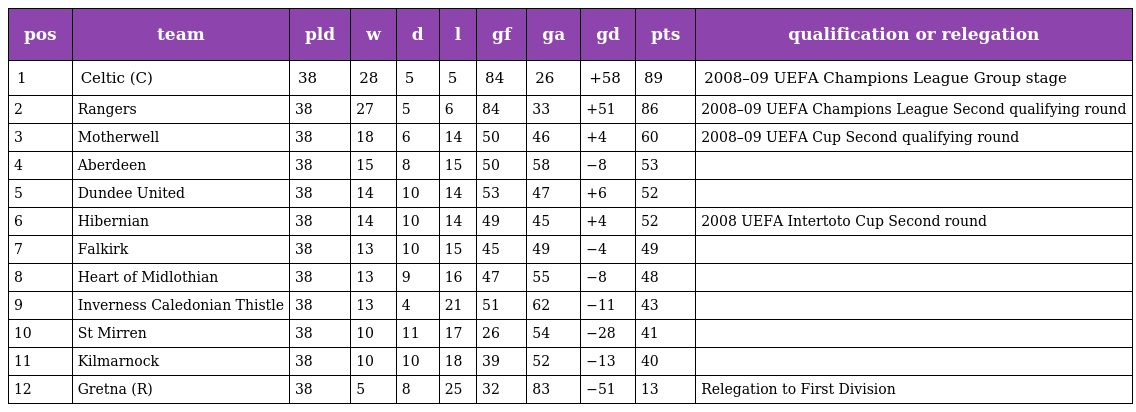
| pos | team | pld | w | d | l | gf | ga | gd | pts | qualification or relegation |
 | --- | --- | --- | --- | --- | --- | --- | --- | --- | --- | --- |
 | 1 | Celtic (C) | 38 | 28 | 5 | 5 | 84 | 26 | +58 | 89 | 2008–09 UEFA Champions League Group stage |
 | 2 | Rangers | 38 | 27 | 5 | 6 | 84 | 33 | +51 | 86 | 2008–09 UEFA Champions League Second qualifying round |
 | 3 | Motherwell | 38 | 18 | 6 | 14 | 50 | 46 | +4 | 60 | 2008–09 UEFA Cup Second qualifying round |
 | 4 | Aberdeen | 38 | 15 | 8 | 15 | 50 | 58 | −8 | 53 |  |
 | 5 | Dundee United | 38 | 14 | 10 | 14 | 53 | 47 | +6 | 52 |  |
 | 6 | Hibernian | 38 | 14 | 10 | 14 | 49 | 45 | +4 | 52 | 2008 UEFA Intertoto Cup Second round |
 | 7 | Falkirk | 38 | 13 | 10 | 15 | 45 | 49 | −4 | 49 |  |
 | 8 | Heart of Midlothian | 38 | 13 | 9 | 16 | 47 | 55 | −8 | 48 |  |
 | 9 | Inverness Caledonian Thistle | 38 | 13 | 4 | 21 | 51 | 62 | −11 | 43 |  |
 | 10 | St Mirren | 38 | 10 | 11 | 17 | 26 | 54 | −28 | 41 |  |
 | 11 | Kilmarnock | 38 | 10 | 10 | 18 | 39 | 52 | −13 | 40 |  |
 | 12 | Gretna (R) | 38 | 5 | 8 | 25 | 32 | 83 | −51 | 13 | Relegation to First Division |